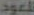
للعود